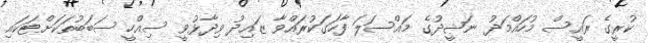
ކުރީގެ ރައީސް މުހައްމަދު ނަޝީދުގެ މައްސަލަ ފާހަގަކުރައްވާ ޒައިދު ވިދާޅުވީ ސިއްހީ ސަބަބުތަކަށްޓަކައި